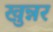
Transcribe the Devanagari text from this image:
खुन्नर